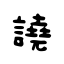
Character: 譊